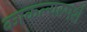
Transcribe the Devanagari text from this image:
काकल्यस्पर्श